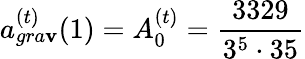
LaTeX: a_{gra\mathbf{v}}^{(t)}(1)=A_{0}^{(t)}=\frac{{3329}}{{3^{5}\cdot35}}